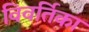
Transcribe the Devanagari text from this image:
विवर्तिका